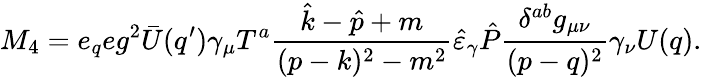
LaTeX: M_{4}=e_{q}eg^{2}\bar{U}(q^{\prime})\gamma_{\mu}T^{a}\frac{\hat{k}-\hat{p}+m}{(p-k)^{2}-m^{2}}\hat{\varepsilon}_{\gamma}\hat{P}\frac{\delta^{ab}g_{\mu\nu}}{(p-q)^{2}}\gamma_{\nu}U(q).